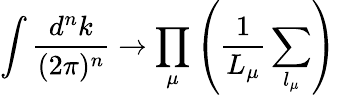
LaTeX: \int\frac{d^{n}k}{(2\pi)^{n}}\rightarrow\prod_{\mu}\left(\frac{1}{L_{\mu}}\sum_{l_{\mu}}\right)